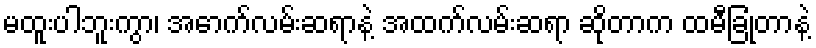
မထူးပါဘူးကွာ၊ အောက်လမ်းဆရာနဲ့ အထက်လမ်းဆရာ ဆိုတာက ထမီခြုံတာနဲ့